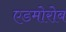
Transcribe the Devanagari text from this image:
एडमोरोब